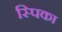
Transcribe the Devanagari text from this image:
स्पिका